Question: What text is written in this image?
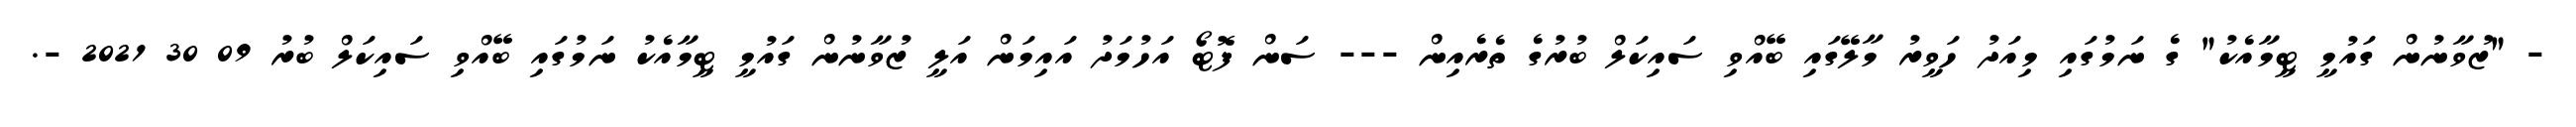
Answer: - "ޒުވާނުން ގައުމީ ޓީމާއެކު" ގެ ނަމުގައި މިއަދު ހަވީރު މާލޭގައި ބޭއްވި ސައިކަލް ބުރުގެ ތެރެއިން --- ސަން ފޮޓޯ އަހުމަދު އައިމަން އަލީ ޒުވާނުން ގައުމީ ޓީމާއެކު ނަމުގައި ބޭއްވި ސައިކަލް ބުރު 09 30 2021 -.